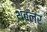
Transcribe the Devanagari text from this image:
थंबलर